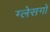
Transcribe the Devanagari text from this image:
ग्लेसगो